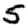
Digit: 5